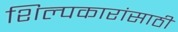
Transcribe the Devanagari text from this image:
शिल्पकारांसाठी